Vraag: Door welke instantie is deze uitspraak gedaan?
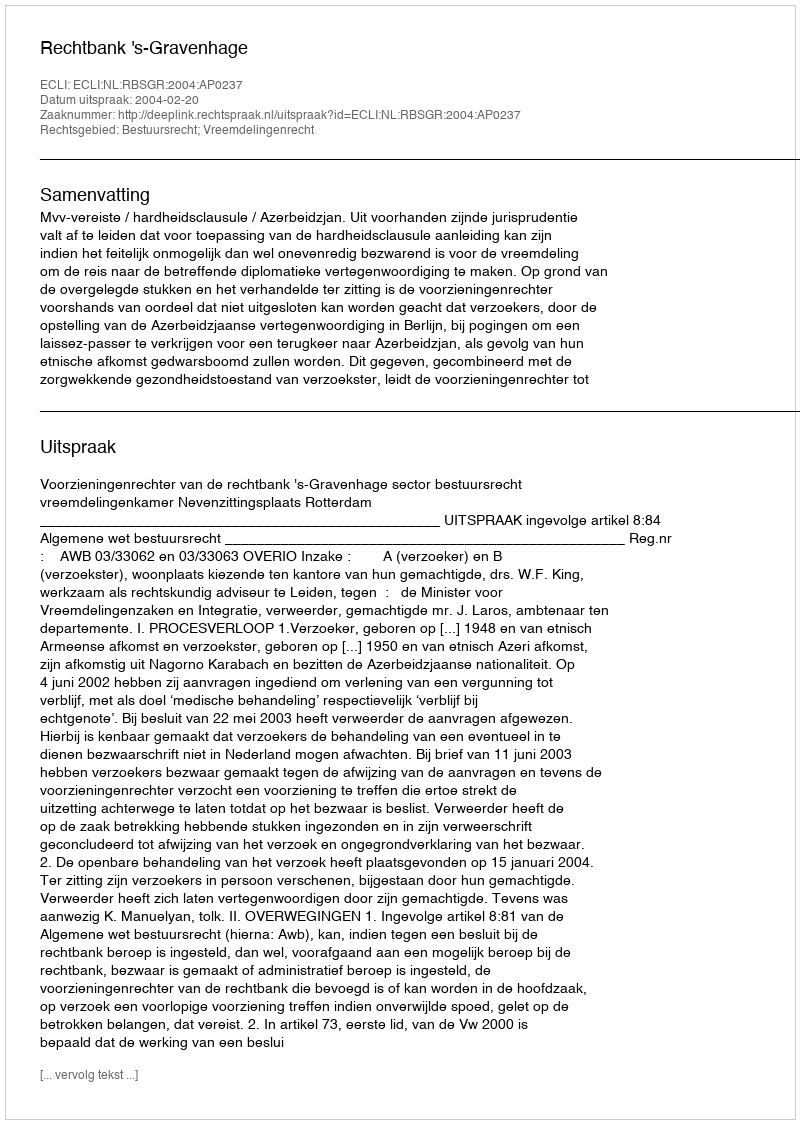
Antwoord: Rechtbank 's-Gravenhage